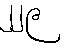
၂၂၉